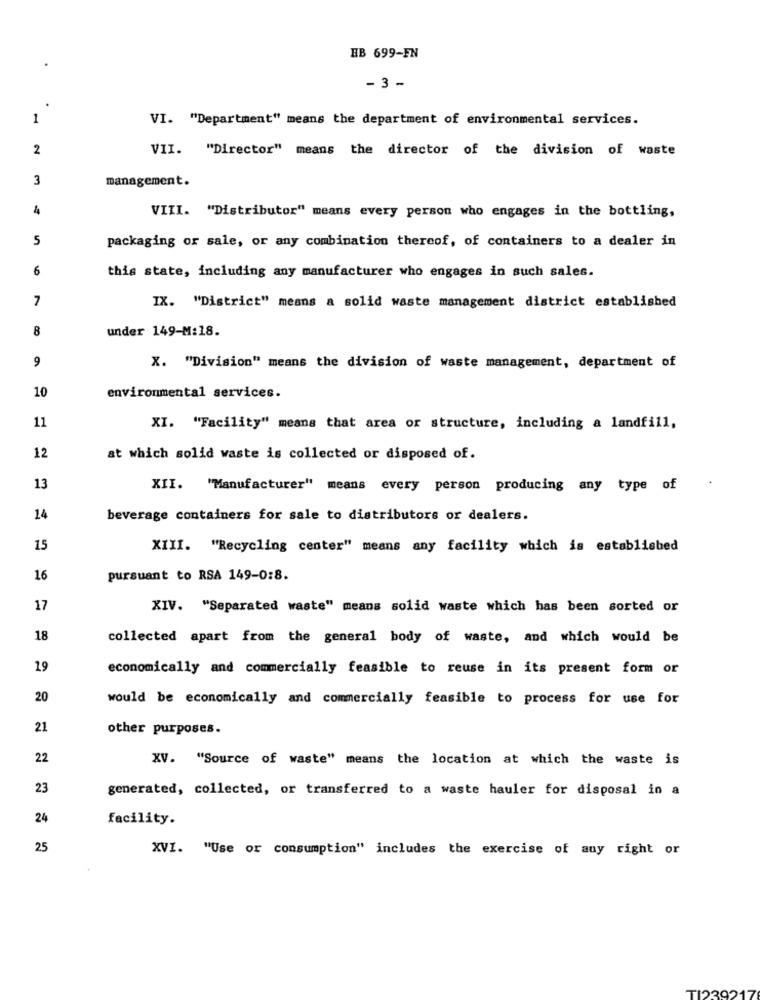
HB 699-FN
- 3 -
1
VI. "Department" means the department of environmental services.
2
VII. "Director" means the director of the division of waste
3
management.
VIII. "Distributor" means every person who engages in the bottling,
5
packaging or sale, or any combination thereof, of containers to a dealer in
6
this state, including any manufacturer who engages in such sales.
7
IX. "District" means a solid waste management district established
8
under 149-M:18.
9
X. "Division" means the division of waste management, department of
10
environmental services.
11
XI. "Facility" means that area or structure, including a landfill,
12
at which solid waste is collected or disposed of.
13
XII. "Manufacturer" means every person producing any type of
14
beverage containers for sale to distributors or dealers.
15
XIII. "Recycling center" means any facility which is established
16
pursuant to RSA 149-0:8.
17
XIV. "Separated waste" means solid waste which has been sorted or
18
collected apart from the general body of waste, and which would be
19
economically and commercially feasible to reuse in its present form or
20
would be economically and commercially feasible to process for use for
21
other purposes.
22
XV. "Source of waste" means the location at which the waste is
23
generated, collected, or transferred to a waste hauler for disposal in a
24
facility.
25
XVI. "Use or consumption" includes the exercise of auy right or
TI239217